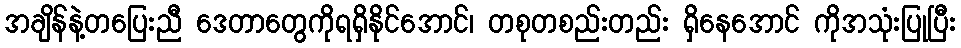
အချိန်နဲ့တပြေးညီ ဒေတာတွေကိုရရှိနိုင်အောင်၊ တစုတစည်းတည်း ရှိနေအောင် ကိုအသုံးပြုပြီး